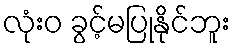
လုံးဝ ခွင့်မပြုနိုင်ဘူး